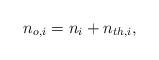
LaTeX: \begin{align*}n_{o,i}=n_{i}+n_{th,i},\end{align*}